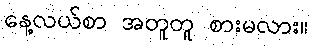
နေ့လယ်စာ အတူတူ စားမလား။